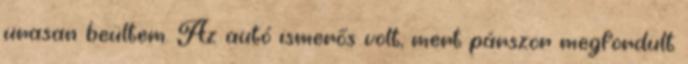
urasan beültem. Az autó ismerős volt, mert párszor megfordult